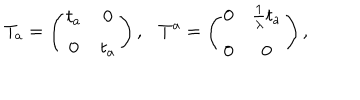
T _ { a } = \left( \begin{array} { c c } { { t _ { a } } } & { { 0 } } \\ { { 0 } } & { { t _ { a } } } \\ \end{array} \right) , T ^ { a } = \left( \begin{array} { c c } { { 0 } } & { { \frac { 1 } { \lambda } t _ { a } } } \\ { { 0 } } & { { 0 } } \\ \end{array} \right) ,